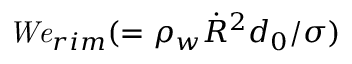
{ \it W e } _ { r i m } ( = \rho _ { w } \dot { R } ^ { 2 } { d _ { 0 } } / \sigma )